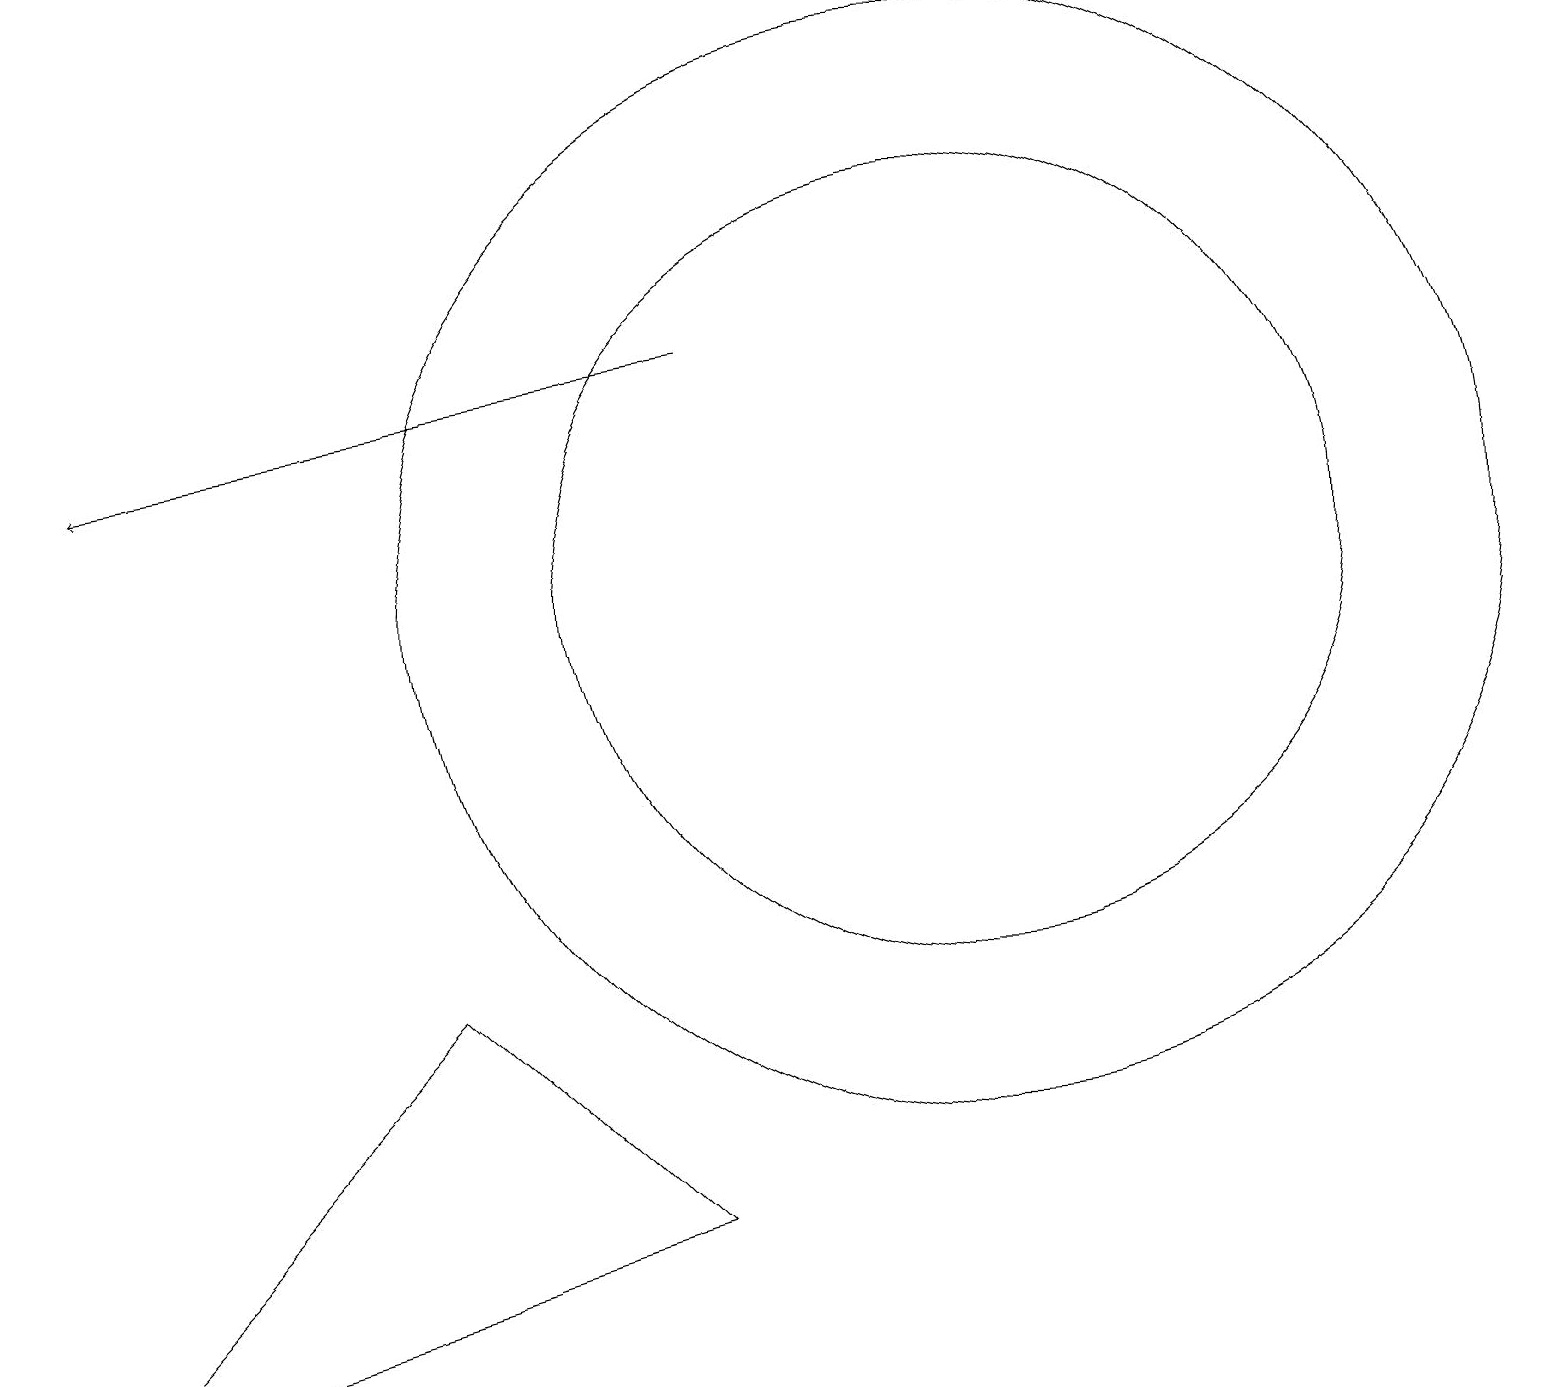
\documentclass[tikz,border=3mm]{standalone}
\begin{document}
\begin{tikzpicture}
\draw[->] (9,14) -- (1,13);
\draw (12,11) circle (5);
\draw (12,11) circle (7);
\draw (8,3) -- (5,6) -- (0,1) -- cycle;
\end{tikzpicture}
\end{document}